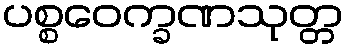
ပစ္စဝေက္ခဏသုတ္တ